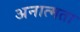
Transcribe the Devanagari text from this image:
अनात्मता